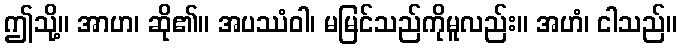
ဤသို့။ အာဟ၊ ဆို၏။ အပဿံဝါ၊ မမြင်သည်ကိုမူလည်း။ အဟံ၊ ငါသည်။